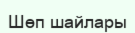
Шөп шайлары